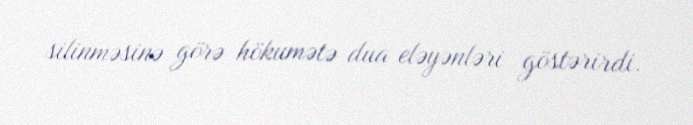
silinməsinə görə hökumətə dua eləyənləri göstərirdi.